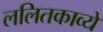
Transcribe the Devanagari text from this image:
ललितकाव्ये